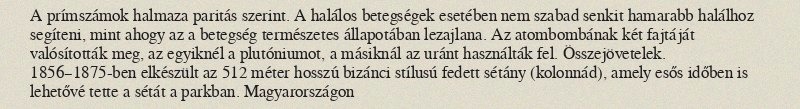
A prímszámok halmaza paritás szerint. A halálos betegségek esetében nem szabad senkit hamarabb halálhoz segíteni, mint ahogy az a betegség természetes állapotában lezajlana. Az atombombának két fajtáját valósították meg, az egyiknél a plutóniumot, a másiknál az uránt használták fel. Összejövetelek. 1856–1875-ben elkészült az 512 méter hosszú bizánci stílusú fedett sétány (kolonnád), amely esős időben is lehetővé tette a sétát a parkban. Magyarországon